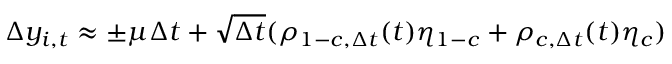
\Delta y _ { i , t } \approx \pm \mu \Delta t + \sqrt { \Delta t } ( \rho _ { 1 - c , \Delta t } ( t ) \eta _ { 1 - c } + \rho _ { c , \Delta t } ( t ) \eta _ { c } )